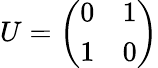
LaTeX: U={\left(\begin{array}{ll}{0}&{1}\\ {1}&{0}\end{array}\right)}